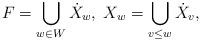
LaTeX: \begin{align*}F=\bigcup_{w\in W}\dot{X}_{w},\;X_{w}=\bigcup_{v\leq w}\dot{X}_{v},\end{align*}